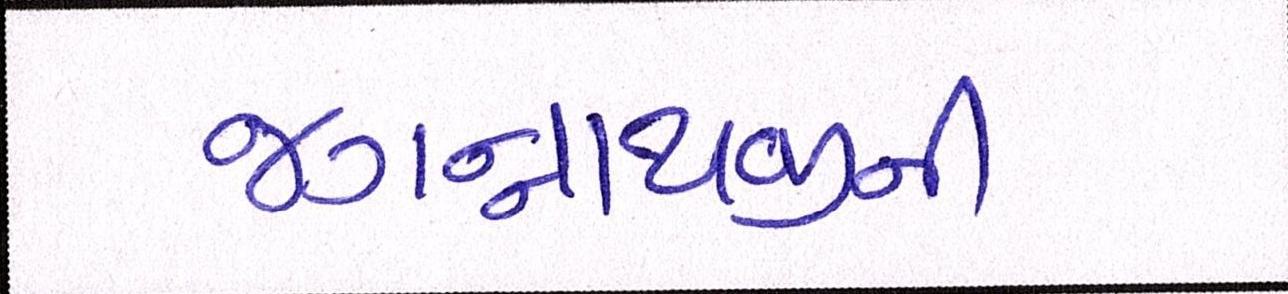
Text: જગન્નાથજીની